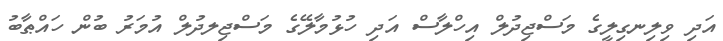
އަދި ވިލިނގިލީގެ މަސްޖިދުލް އިހްލާސް އަދި ހުޅުމާލޭގެ މަސްޖިލދުލް އުމަރު ބުން ހައްޠާބު